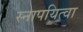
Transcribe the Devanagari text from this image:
स्नापयित्वा